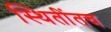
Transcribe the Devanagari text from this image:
स्थितींतच